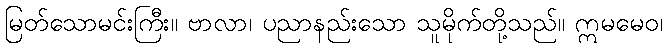
မြတ်သောမင်းကြီး။ ဗာလာ၊ ပညာနည်းသော သူမိုက်တို့သည်။ ဣမမေဝ၊